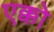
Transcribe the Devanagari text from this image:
एक्को